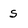
Character: s